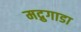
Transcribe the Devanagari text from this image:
मद्रुगाडा